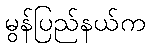
မွန်ပြည်နယ်က